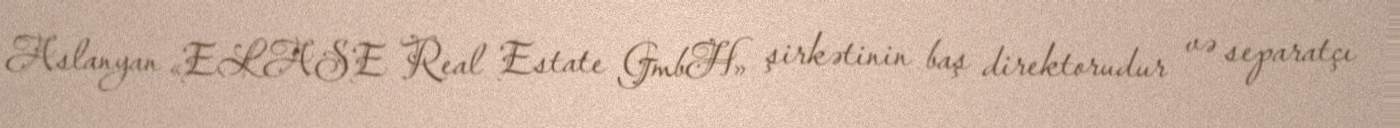
Aslanyan «ELASE Real Estate GmbH» şirkətinin baş direktorudur və separatçı